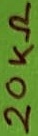
Text: 20KΩ